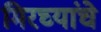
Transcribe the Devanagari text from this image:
मिरच्यांचे